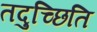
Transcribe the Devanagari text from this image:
तदुच्छिति